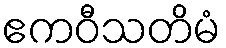
ဧကဝီသတိမံ